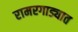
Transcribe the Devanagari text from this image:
रामरगाड्यात